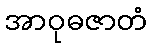
အာဝုဓဇာတံ